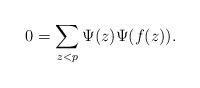
LaTeX: \begin{align*} 0=\sum_{z< p} \Psi (z)\Psi (f(z)).\end{align*}